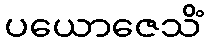
ပယောဇေသိံ